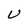
Character: U